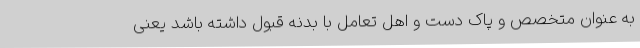
به عنوان متخصص و پاک دست و اهل تعامل با بدنه قبول داشته باشد یعنی